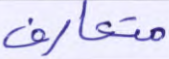
متعارف